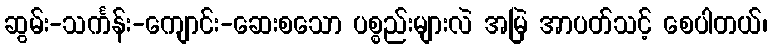
ဆွမ်း-သင်္ကန်း-ကျောင်း-ဆေးစသော ပစ္စည်းများလဲ အမြဲ အာပတ်သင့် စေပါတယ်၊